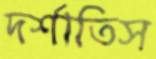
দর্শাতিস